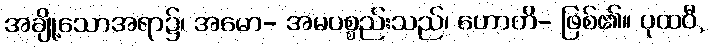
အချို့သောအရာ၌၊ အမော- အမပစ္စည်းသည်၊ ဟောတိ- ဖြစ်၏။ ပုထဝီ,